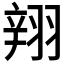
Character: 𲅆